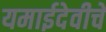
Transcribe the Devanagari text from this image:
यमाईदेवीचे